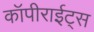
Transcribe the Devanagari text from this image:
कॉपीराईट्स